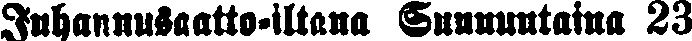
Juhannusaatto-iltana Sunnuntaina 23